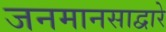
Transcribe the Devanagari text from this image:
जनमानसाद्वारे